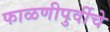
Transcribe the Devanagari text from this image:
फाळणीपुर्वीचे